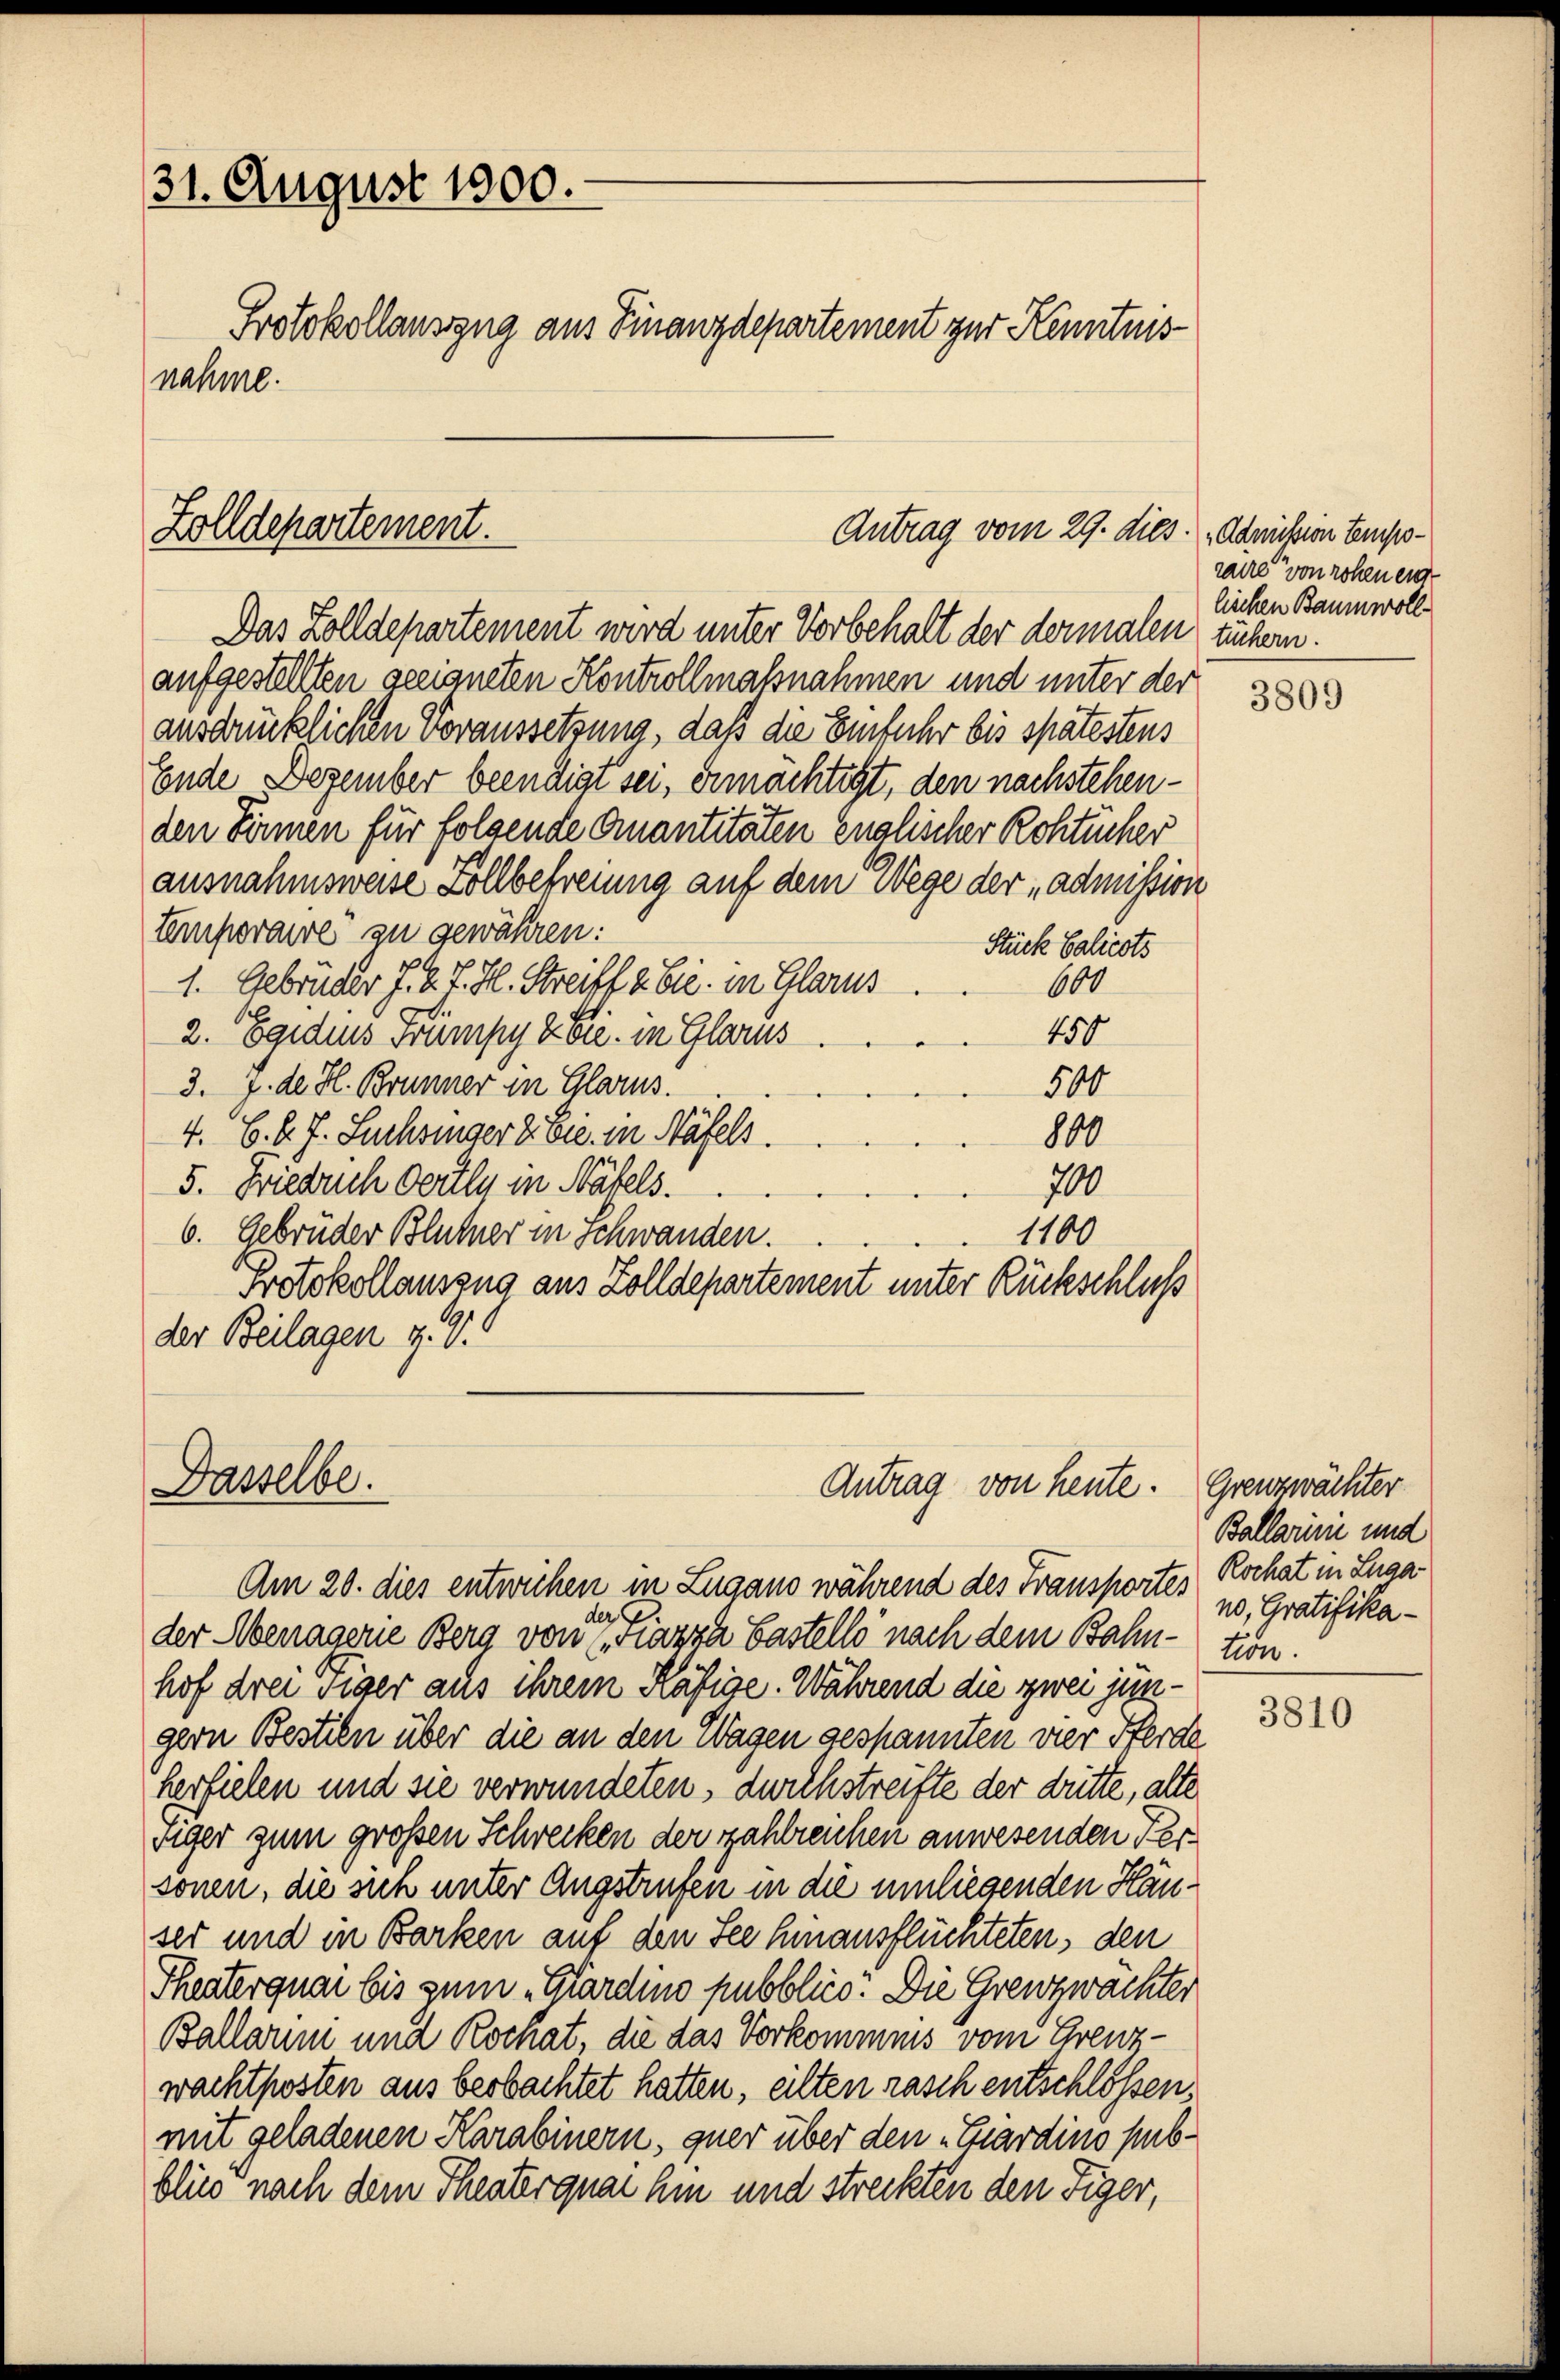
31. August 1900.
Protokollauszug aus Finanzdepartement zur Kenntnisnahme.

Zolldepartement.
Antrag vom 29. dies. Admission Empo¬

Das Zolldepartement wird unter Vorbehalt der dermalen tüchern.
aufgestellten geeigneten Kontrollmaßnahmen und unter der
ausdrücklichen Voraussetzung, daß die Einfuhr bis spätestens
Ende Dezember beendigt sei, ermächtigt, den nachstehenden Sinnen für folgende Quantitäten englischer Rohtucher
ausnahmsweise Kollbefreiung auf dem Wege der „admission
temporaire zu gewähren:
Stück Salicots
1. Gebrüder J. K. J. H. Streiff a. Sie in Glarus
600
150
2. Egidius Frümpy & Cie in Glarus
500
3. 7. de. H. Brunner in Glarus.
4. 6. d. J. Suchsinger 2. Sie in Näfels.
800
700
5. Friedrich dorten in Näfels.
1100
6. Gebrüder Blütner in Schwanden.
Protokollauszug aus Zolldepartement unter Rückschluß
der Beilagen z. G

Dasselbe.
Antrag von heute.

raire von rohen eig
liechen Baumwoll

Am 20. dies entwichen in Zugano während des Fransportes Kochat in Luga
der G
der Menagerie Berg von „Fazza Gastelle nach dem Bahn-tion.
hof drei Tiger aus ihrem Käfige. Während die zwei jüngern Bestien über die an den Wagen gespannten vier Herde
herfielen und sie verwundeten, durchstreifte der dritte, alte
siger zum großen Schrecken der zahlreichen anwesenden Personen, die sich unter Angstrufen in die umliegenden Häuser und in Barken auf den See hinausflüchteten, den
Theaterquai bis zum „Glärdino pubblico. Die Grenzwächter
Ballarm und Kornat, die das Vorkommnis vom Grenz-
wachtposten aus beobachtet hatten, eilten rasch entschlossen:
mit geladenen Karabinern, quer über den „Giardino pubblied nach dem Theaterquai hin und streckten den Tiger,

3809

Grenzwächter
Ballarii und
no, Gratifika¬

3810